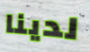
لدينا